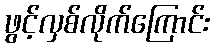
ဖွင့်လှစ်လိုက်ကြောင်း